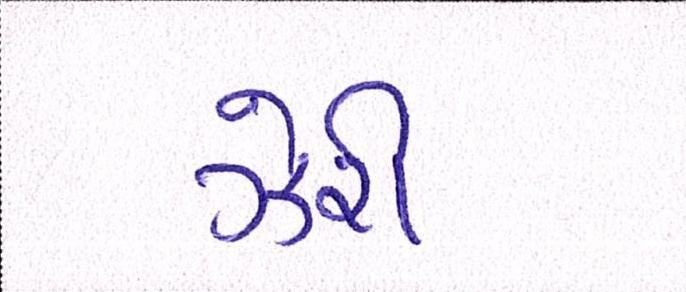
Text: ઝેરી